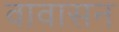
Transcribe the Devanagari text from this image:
वावासन